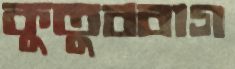
কুতুববাগ